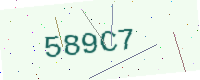
Text: 589C7